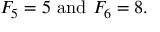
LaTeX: F _ { 5 } = 5 { \mathrm { ~ a n d ~ } } F _ { 6 } = 8 .